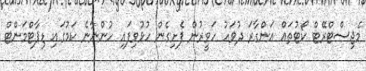
މެޖިސްޓްރޭޓް ކޯޓުތައް އަންގާރަ ދުވަހު ހަވީރުން ފެށިގެން ހުޅުވިފައި ހުންނާނެ ކަމުގައި ޑިޕާޓްމަންޓް